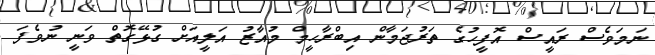
ނަމަވެސް ރައީސް އޮފީހުގެ ތަރުޖަމާން އިބްރާހީމް މުއާޒު އަލީއަށް ގުޅޭގޮތް ވަނީ ނުވެފަ